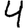
Digit: 4